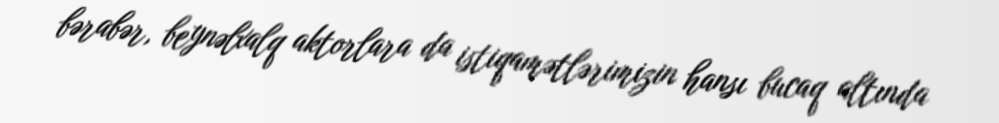
bərabər, beynəlxalq aktorlara da istiqamətlərimizin hansı bucaq altında